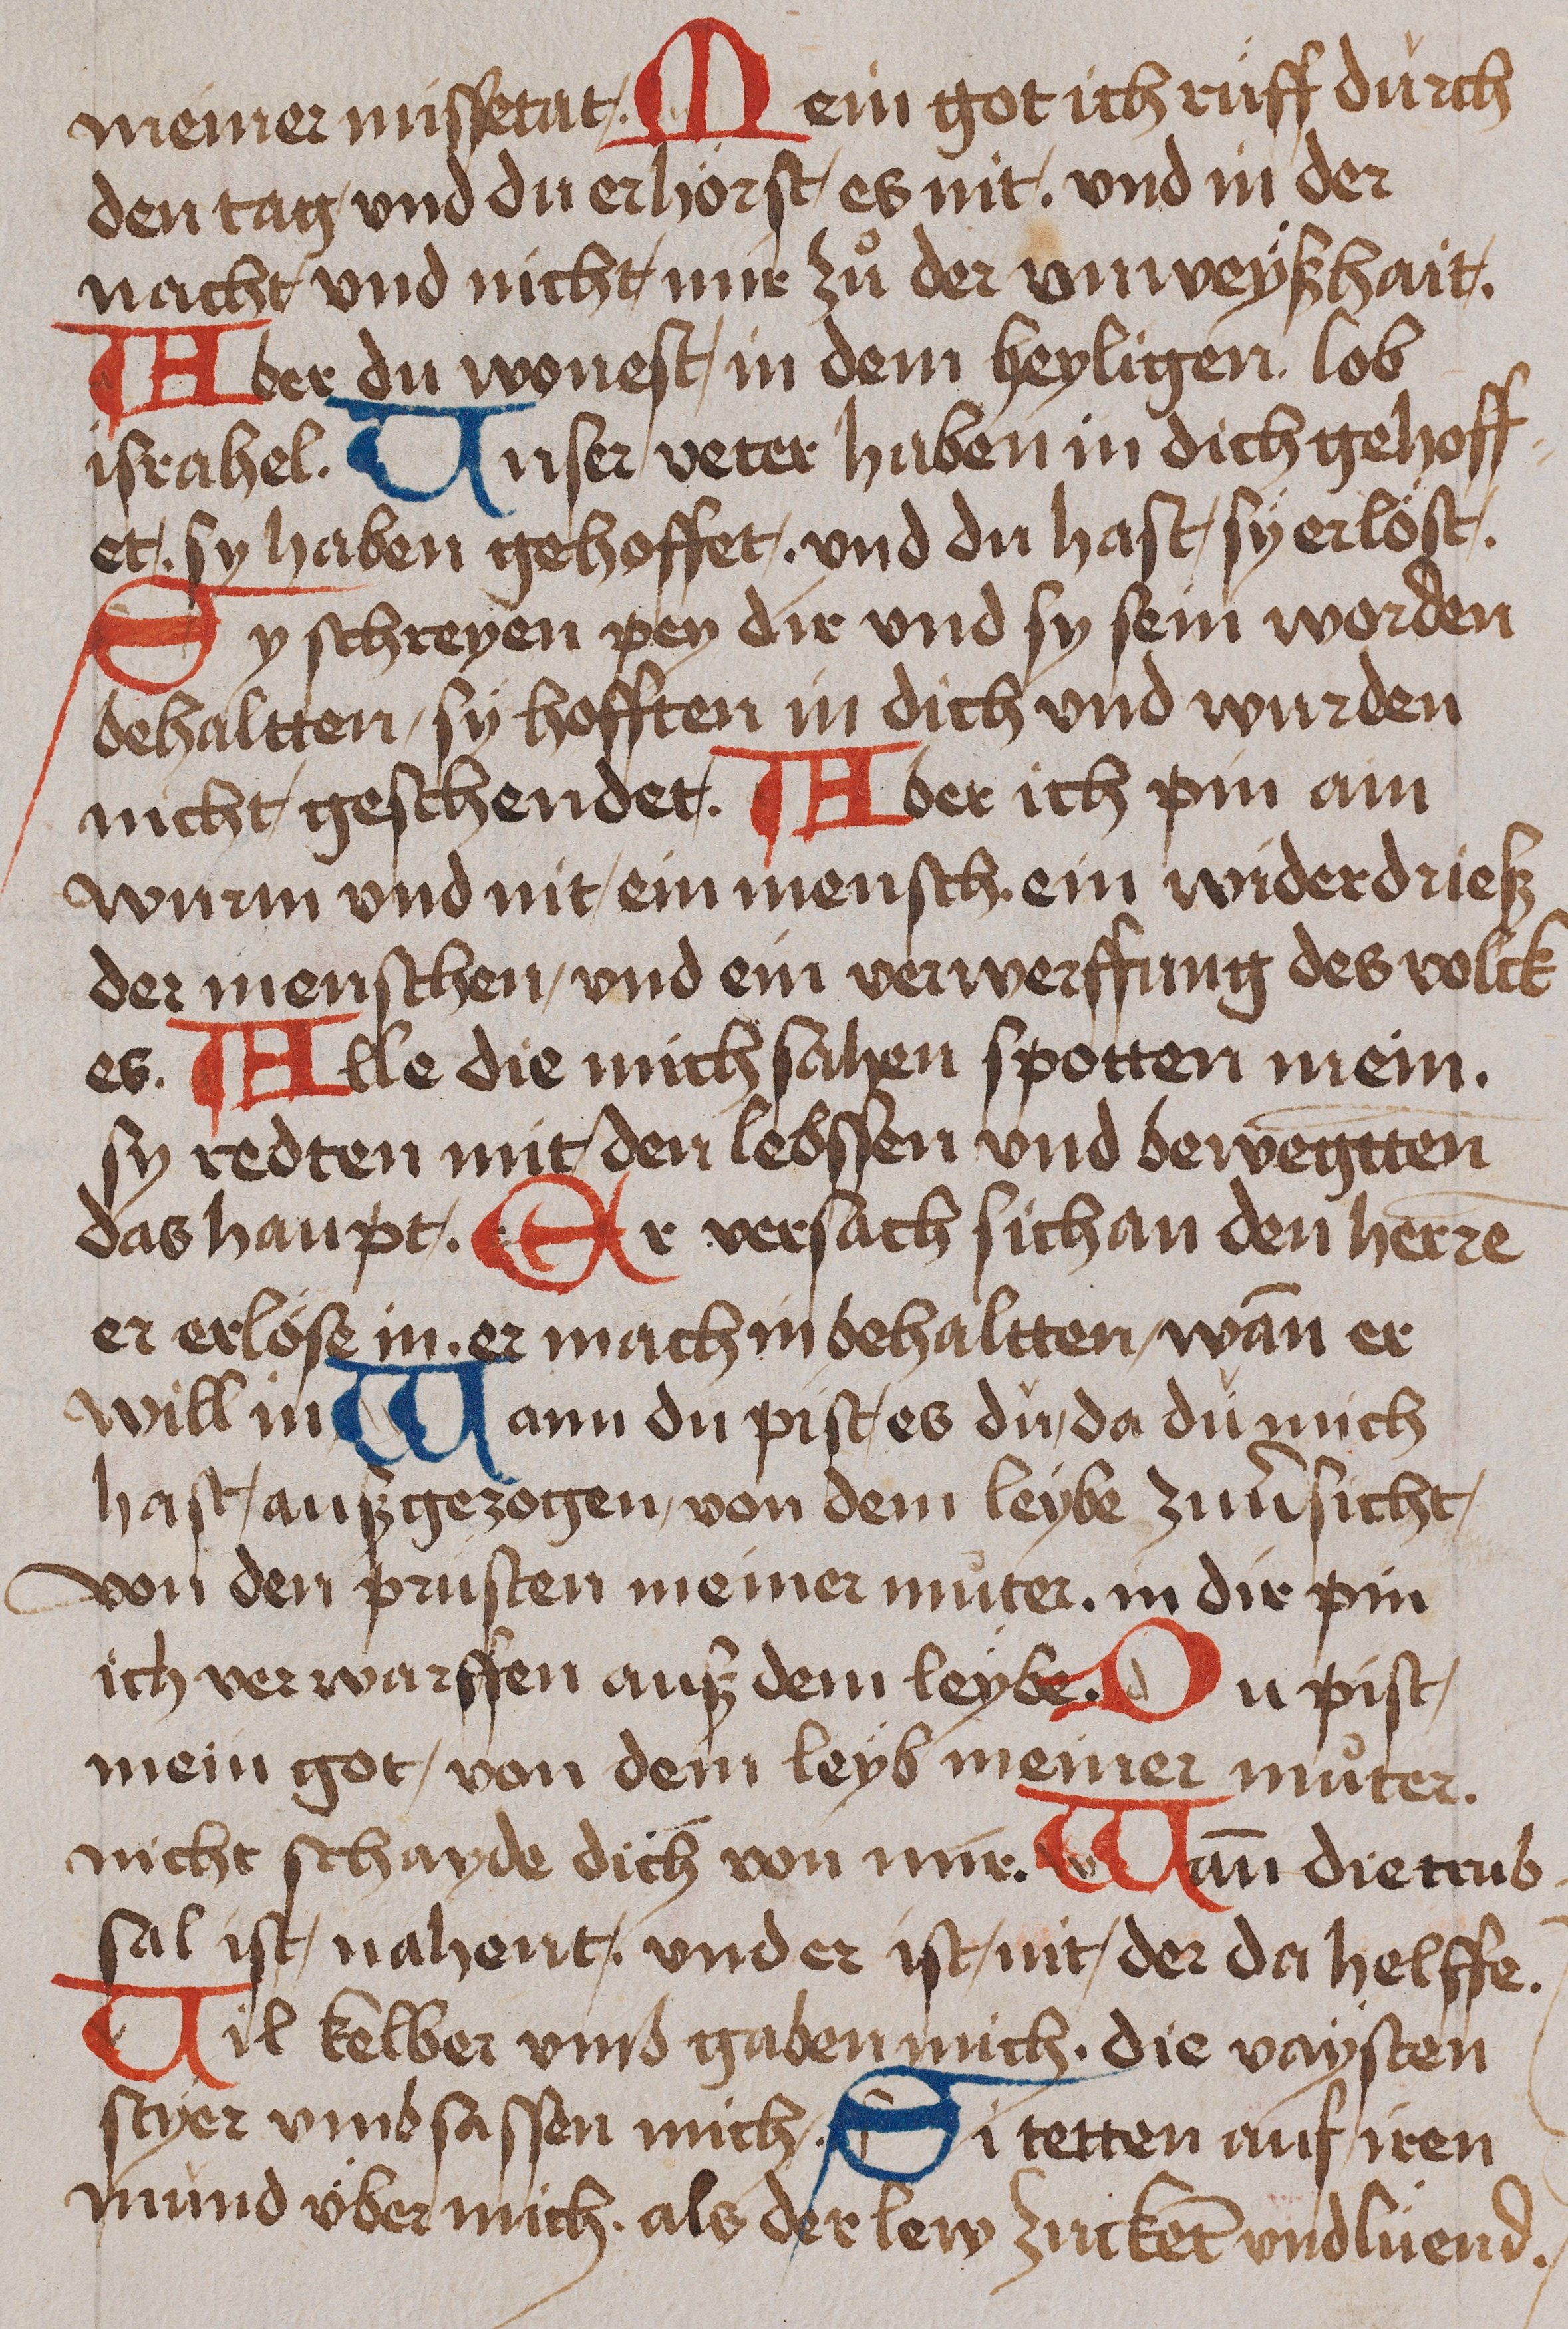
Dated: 1485–1485